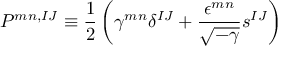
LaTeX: P ^ { m n , I J } \equiv \frac { 1 } { 2 } \left( \gamma ^ { m n } \delta ^ { I J } + \frac { \epsilon ^ { m n } } { \sqrt { - \gamma } } s ^ { I J } \right)